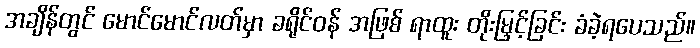
အချိန်တွင် မောင်မောင်လတ်မှာ ခရိုင်ဝန် အဖြစ် ရာထူး တိုးမြှင့်ခြင်း ခံခဲ့ရပေသည်။